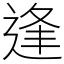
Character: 逢